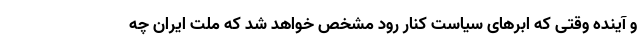
و آینده وقتی که ابرهای سیاست کنار رود مشخص خواهد شد که ملت ایران چه